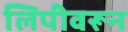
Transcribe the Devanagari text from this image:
लिपीवरून